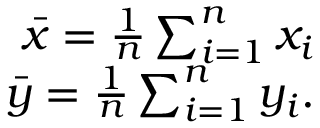
\begin{array} { r } { \bar { x } = \frac { 1 } { n } \sum _ { i = 1 } ^ { n } x _ { i } } \\ { \bar { y } = \frac { 1 } { n } \sum _ { i = 1 } ^ { n } y _ { i } . } \end{array}